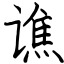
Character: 谯